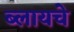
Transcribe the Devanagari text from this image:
ब्लायचे